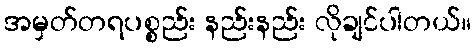
အမှတ်တရပစ္စည်း နည်းနည်း လိုချင်ပါတယ်။